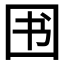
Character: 𱕸